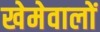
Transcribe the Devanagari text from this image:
खेमेवालों